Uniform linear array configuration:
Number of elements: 8
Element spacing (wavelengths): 0.5
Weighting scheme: hamming
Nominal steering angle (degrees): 15
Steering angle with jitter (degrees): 13.722
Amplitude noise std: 0.05
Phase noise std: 0.05

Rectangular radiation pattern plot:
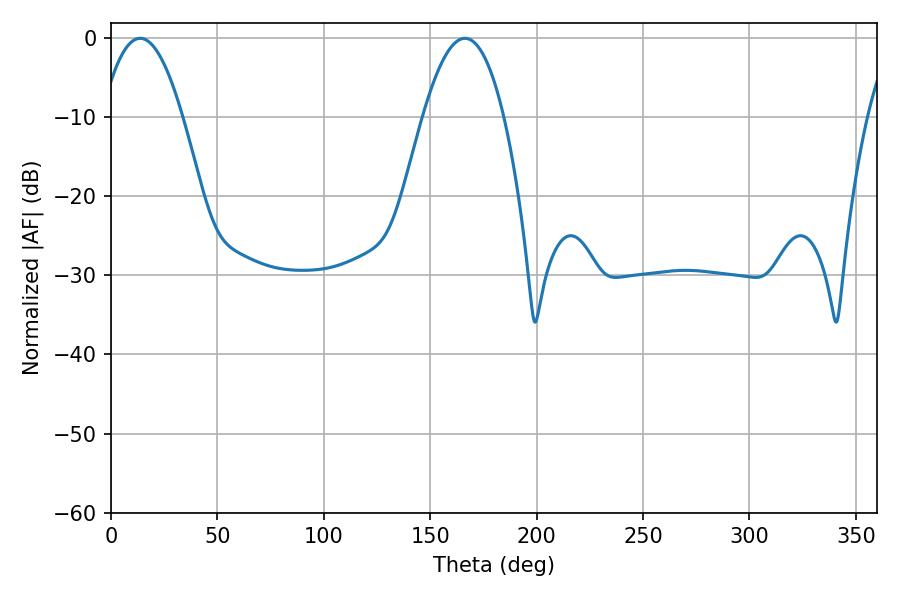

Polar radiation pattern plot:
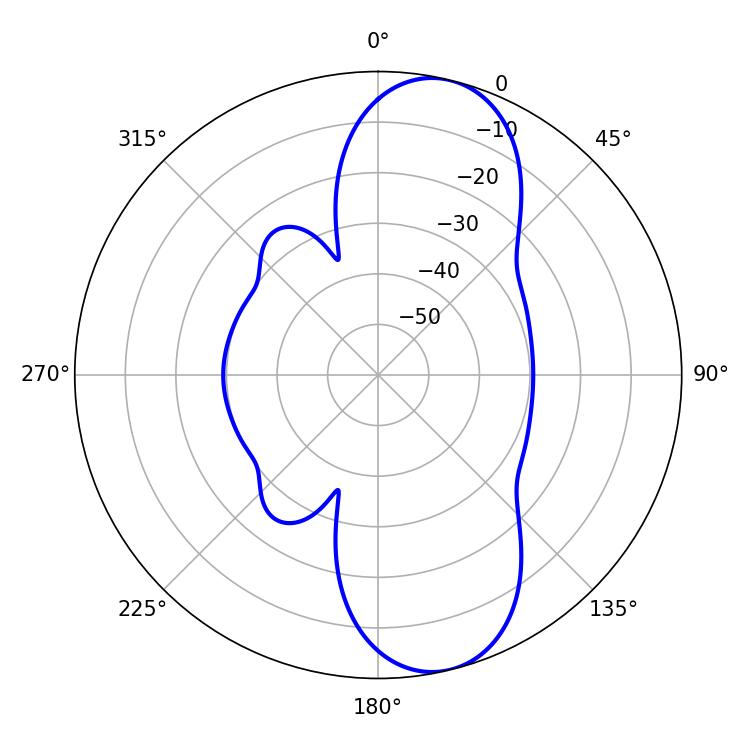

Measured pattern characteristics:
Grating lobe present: FALSE
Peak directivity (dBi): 10.197
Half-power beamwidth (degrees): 20.88
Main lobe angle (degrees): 13.68